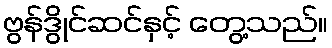
ဗွန်ဒွိုင်ဆင်နှင့် တွေ့သည်။